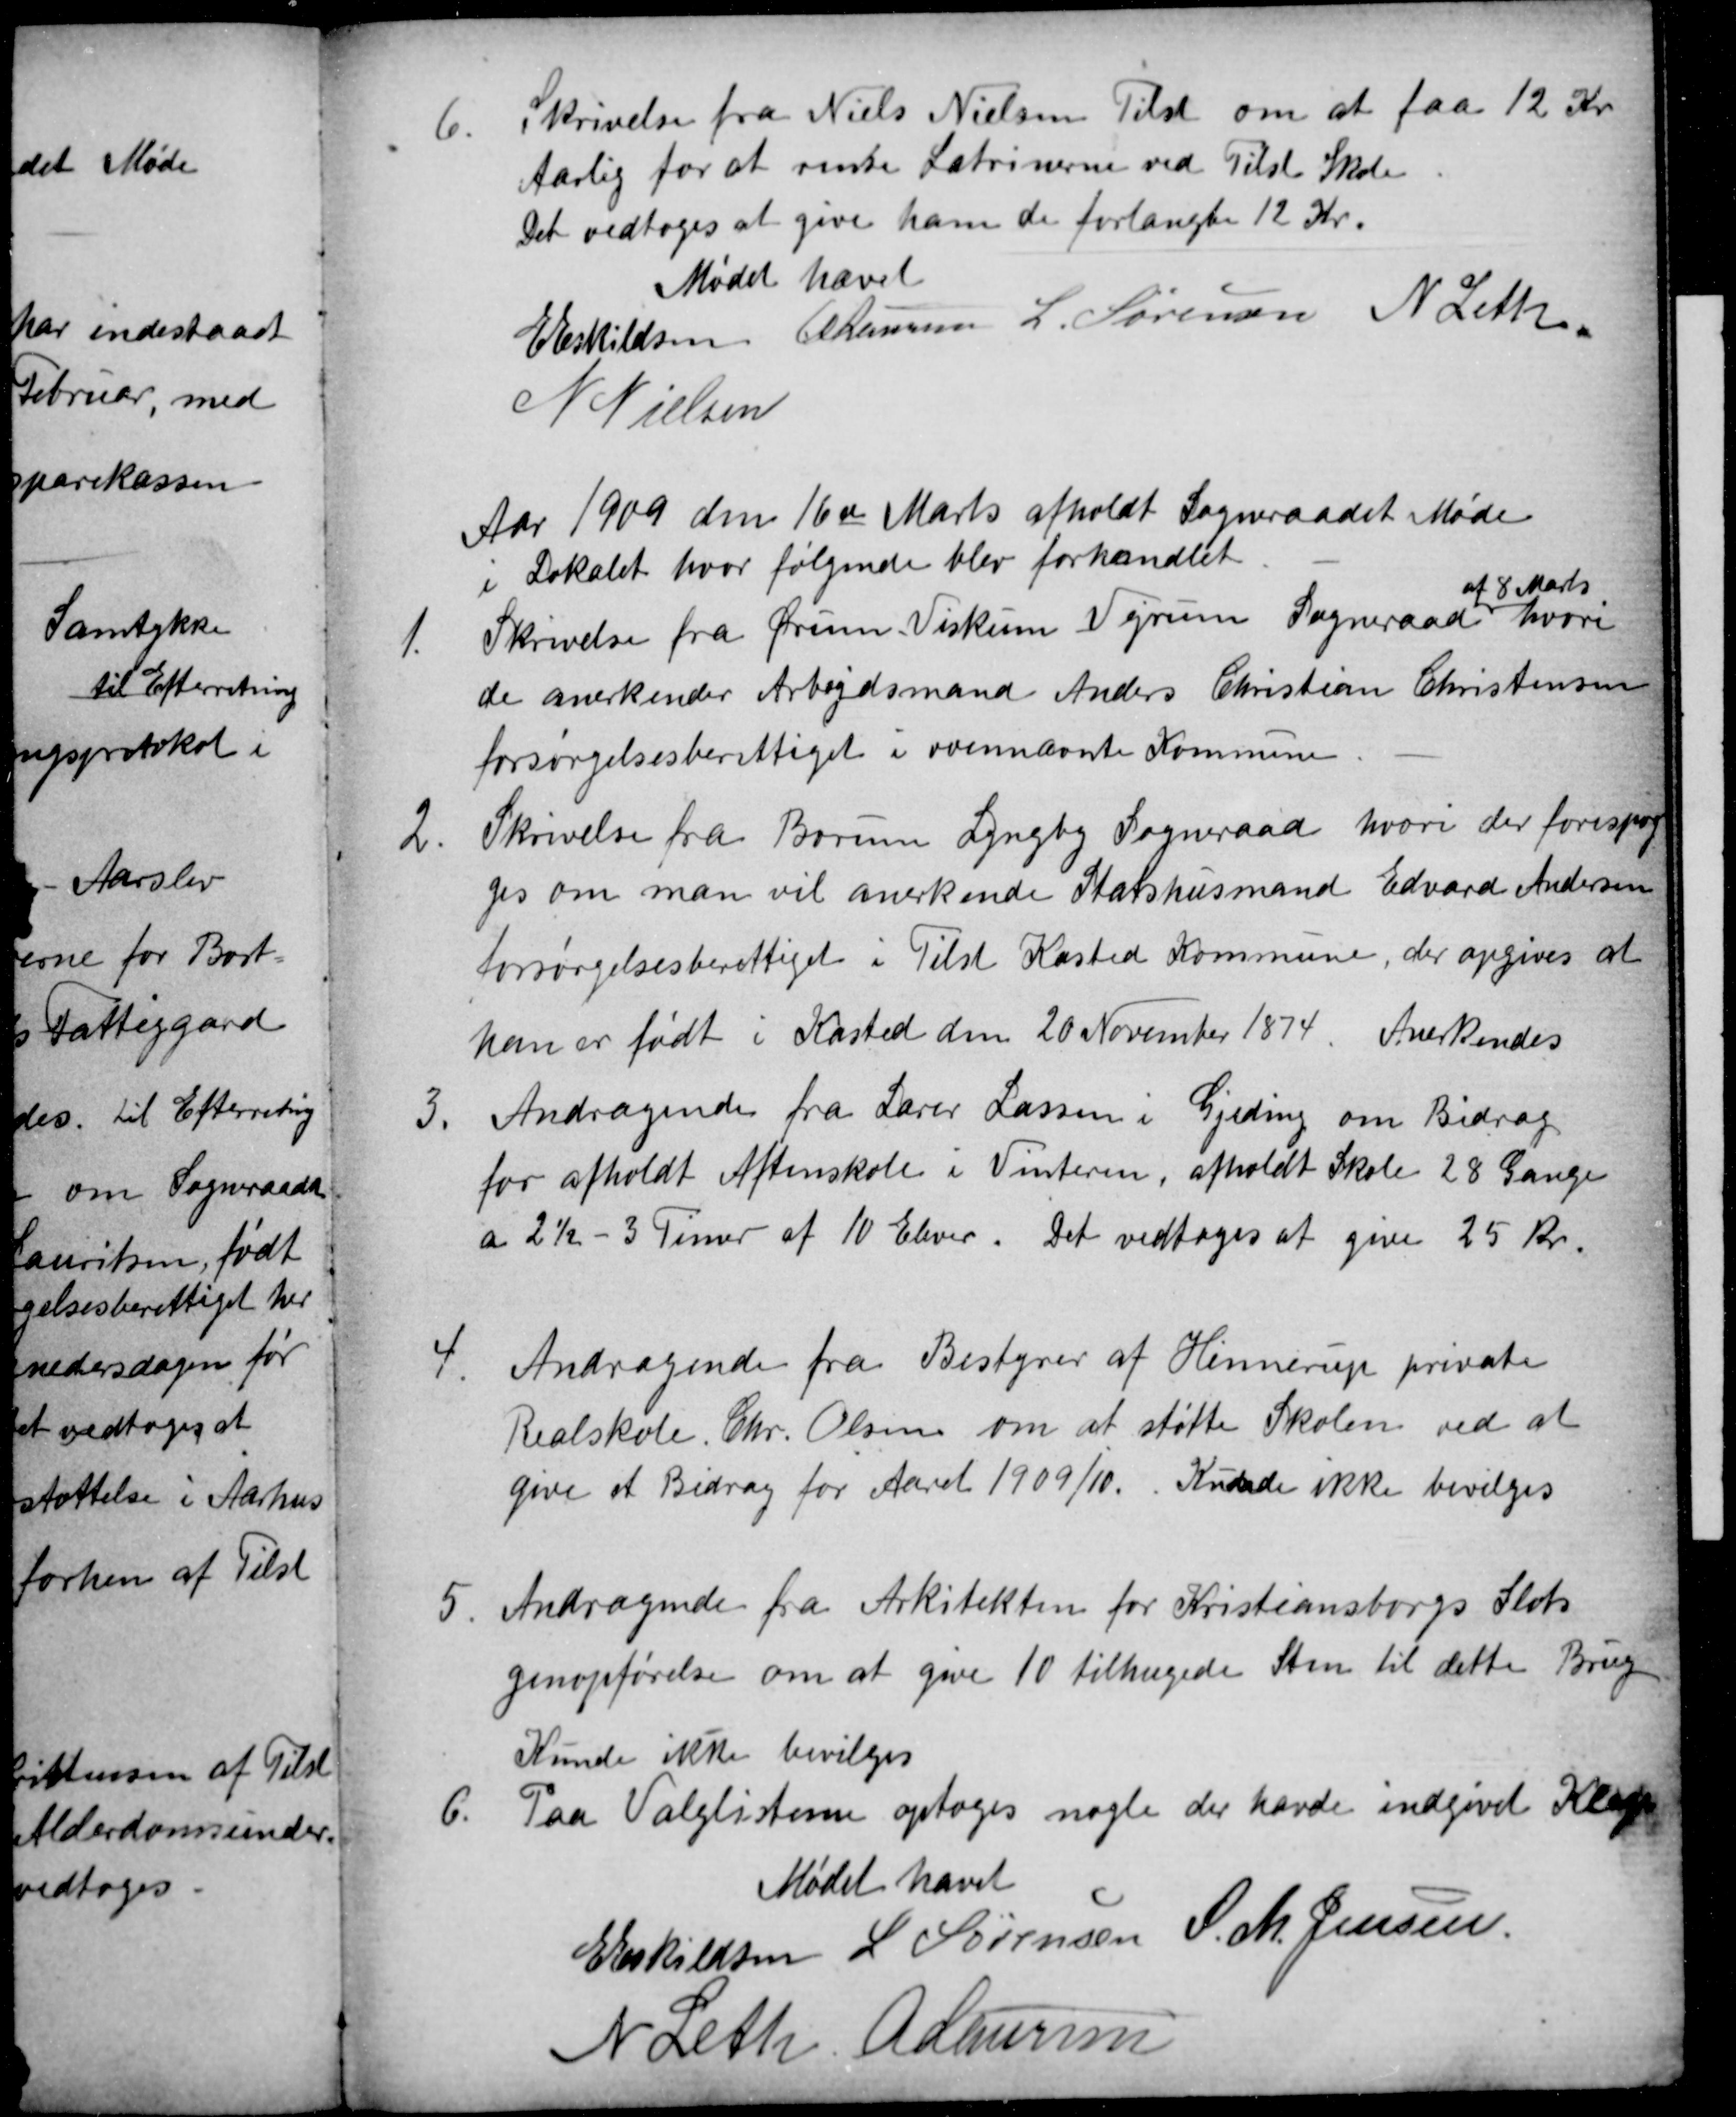
Transskription:
6.
Skrivelse fra Niels Nielsen Tilst om at faa 12 Kr
Aarlig for at rense Latrinerne ved Tilst Skole
Det vedtoges at give ham de forlangte 12 Kr.
Mødet hævet
E Eskildsen A Laursen L. Sørensen N Leth
N Nielsen
Aar 1909 den 16de Marts afholdt Sogneraadet Møde
i Lokalet, hvor følgende blev forhandlet
1.
Skrivelse fra Ørum-Viskum-Vejrum Sogneraad
af 8 Marts
hvori
de anerkender Arbejdsmand Anders Christian Christensen
forsørgelsesberettiget i ovennævnte Kommune
2.
Skrivelse fra Borum Lyngby Sogneraad hvori der forespørg
ges om man vil anerkende Statshusmand Edvard Andersen
forsørgelsesberettiget i Tilst Kasted Kommune, der opgives at
han er født i Kasted den 20 November 1874. Anerkendes
3.
Andragende fra Lærer Lassen i Gjeding om Bidrag
for afholdt Aftenskole i Vinteren, afholdt Skole 28 Gange
a 2½ - 3 Timer af 10 Elever. Det vedtoges at give 25 Kr.
4.
Andragende fra Bestyrer af Hinnerup private
Realskole. Chr. Olsen om at støtte Skolen ved at
give et Bidrag for Aaret 1909/10. Kunde ikke bevilges
5
Andragende fra Arkitekten for Kristiansborgs Slots
genopførelse om at give 10 tilhugede Sten til dette Brug
Kunde ikke bevilges
6
Paa Valglisterne optoges nogle der havde indgivet Klage
Mødet hævet
E Eskildsen L Sørensen S. M. Jensen
N Leth. A Laursen